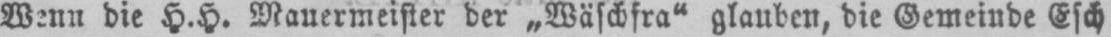
Wenn die H.H. Mauermeister der „Wäschfra“ glauben, die Gemeinde Esch